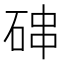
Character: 𰧁